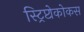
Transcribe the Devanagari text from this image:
स्ट्रिप्टोकोकस